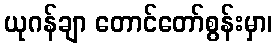
ယုဂန်ချာ တောင်တော်စွန်းမှာ၊